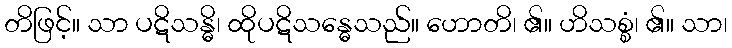
တိဖြင့်။ သာ ပဋိသန္ဓိ၊ ထိုပဋိသန္ဓေသည်။ ဟောတိ၊ ၏။ ဟိသစ္စံ၊ ၏။ သာ၊